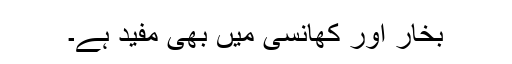
بخار اور کھانسی میں بھی مفید ہے۔